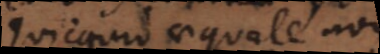
quicquid aequale non